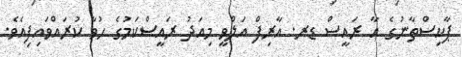
ޕާކިސްތާނުގެ އާ ރައީސް ޑރ. އާރިފް އަލްވީ މިއަދު ރައީސްކަމުގެ ހުވާ ކުރައްވައިފިއެވެ.